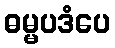
ဓမ္မပဒံပေ